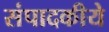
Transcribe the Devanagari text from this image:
संपादकीये